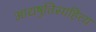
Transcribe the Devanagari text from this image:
आद्यषुतिसाहित्य